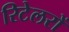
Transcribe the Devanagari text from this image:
रिटेलरों